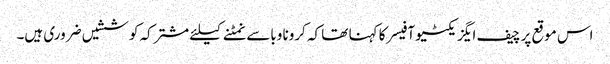
اس موقع پر چیف ایگزیکٹیو آفیسر کا کہنا تھا کہ کرونا وباسےنمٹنےکیلئے مشترکہ کوششیں ضروری ہیں۔